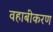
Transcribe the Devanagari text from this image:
वहाबीकरण